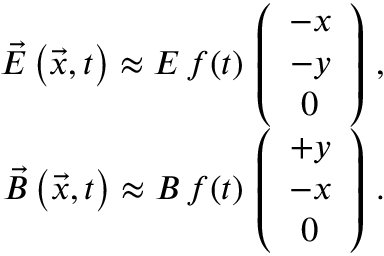
\begin{array} { r l r } & { } & { \vec { E } \left( \vec { x } , t \right) \approx E \, f ( t ) \, \left( \begin{array} { c } { - x } \\ { - y } \\ { 0 } \end{array} \right) \, , } \\ & { } & { \vec { B } \left( \vec { x } , t \right) \approx B \, f ( t ) \, \left( \begin{array} { c } { + y } \\ { - x } \\ { 0 } \end{array} \right) \, . } \end{array}